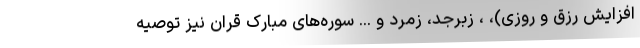
افزایش رزق و روزی)، ، زبرجد، زمرد و ... سوره‌های مبارک قران نیز توصیه